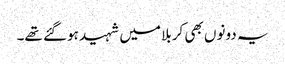
یہ دونوں بھی کربلا میں شہید ہوگئے تھے۔